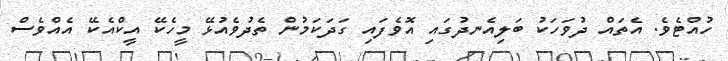
ހުއްޓެވެ. އެތައް ދުވަހަކު ބަލިއެނދުގައި އޮވެފައި ގަދަކަމުން ތެދުވެއުޅޭ މީހެކޭ އީކްއެކޭ އެއްވެސް